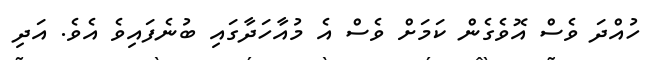
ހުއްދަ ވެސް އޮވެގެން ކަމަށް ވެސް އެ މުއާހަދާގައި ބުނެފައިވެ އެވެ. އަދި